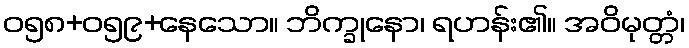
ဝ၅၈+၀၅၉+နေသော။ ဘိက္ခုနော၊ ရဟန်း၏။ အဝိမုတ္တံ၊